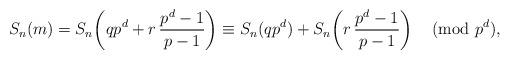
LaTeX: \begin{align*}S_{n}(m)=S_{n}\!\left(q p^d+ r\,\frac{p^d-1}{p-1}\right) \equiv S_{n}(q p^d)+S_{n}\!\left(r\,\frac{p^d-1}{p-1}\right) \pmod{p^{d}},\end{align*}